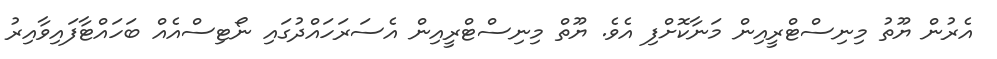
އެރުން ޔޫތު މިނިސްޓްރީއިން މަނާކޮށްފި އެވެ. ޔޫތް މިނިސްޓްރީއިން އެސަރަހައްދުގައި ނޯޓިސްއެއް ބަހައްޓާފައިވާއިރު